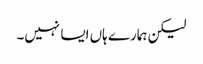
لیکن ہمارے ہاں ایسا نہیں۔